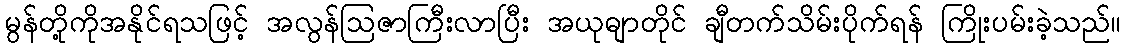
မွန်တို့ကိုအနိုင်ရသဖြင့် အလွန်ဩဇာကြီးလာပြီး အယုဓျာတိုင် ချီတက်သိမ်းပိုက်ရန် ကြိုးပမ်းခဲ့သည်။